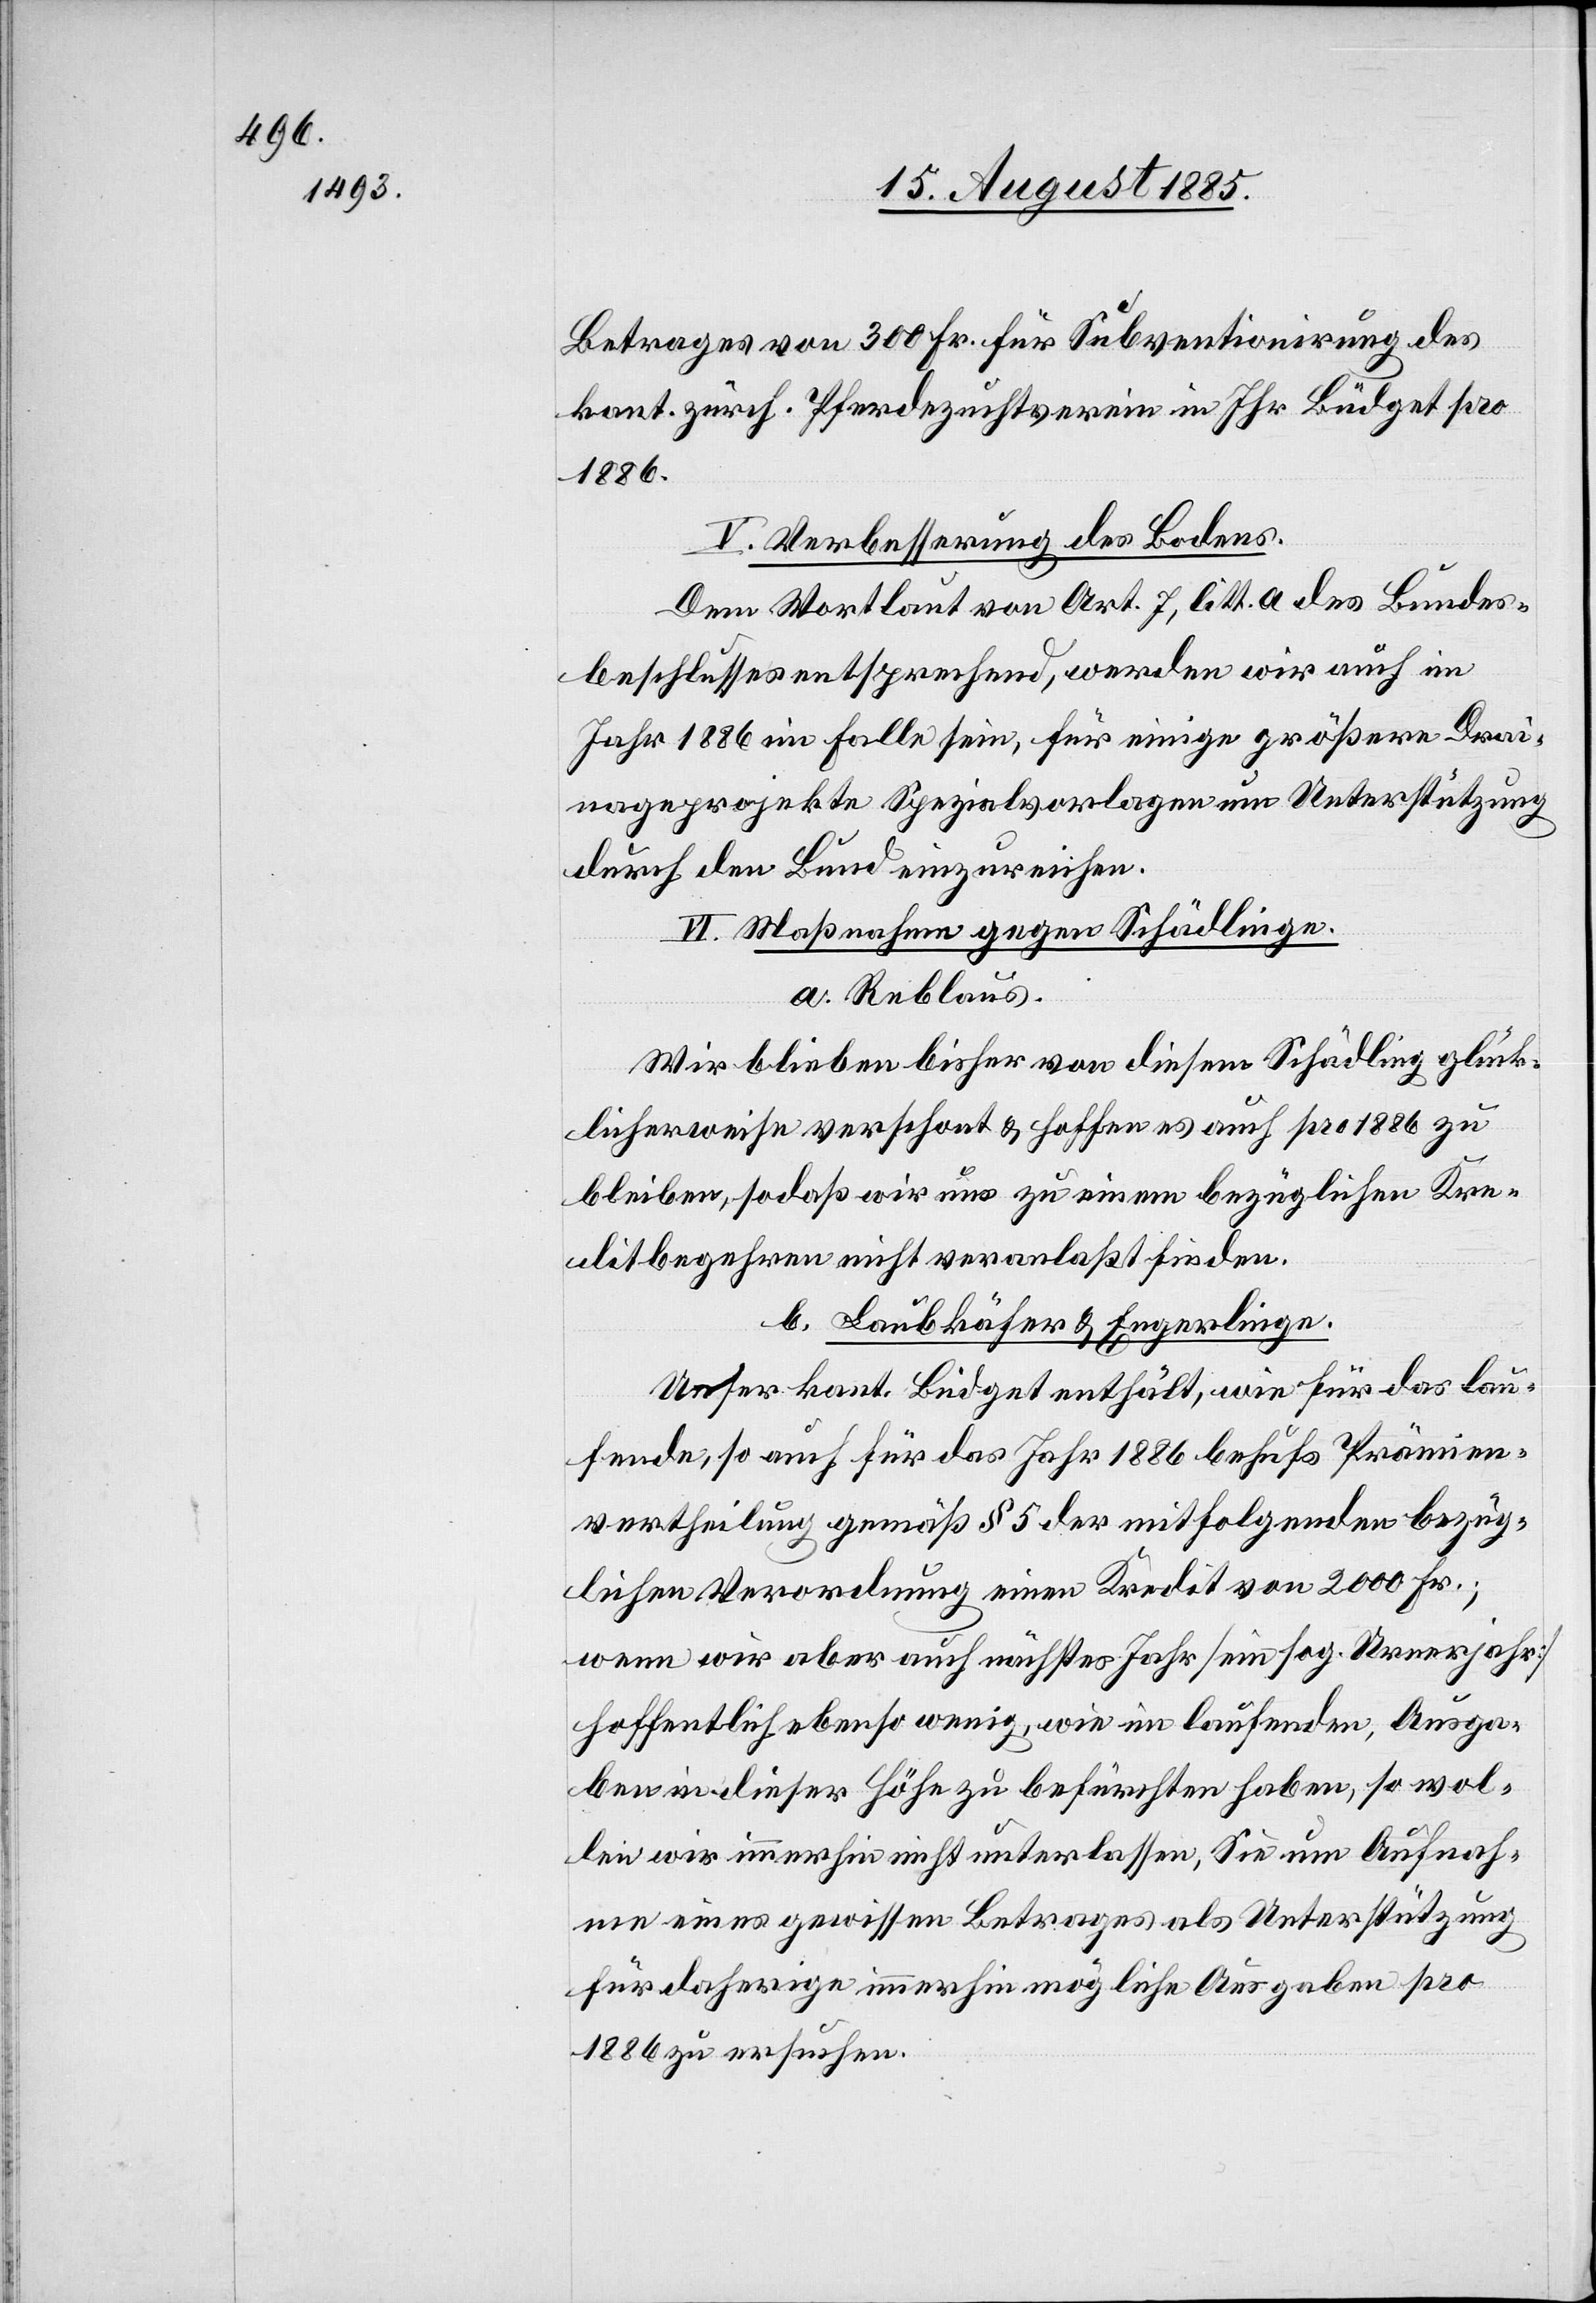
Betrages von 300 Fr. für die Subventionirung des
kant. zürch. Pferdezuchtverein in Ihr Büdget pro
1886.
V. Verbesserung des Bodens.
Dem Wortlaut von Art. 7, litt. a des Bundes¬
beschlusses entsprechend, werden wir auch im
Jahr 1886 im Falle sein, für einige größere Drai¬
nageprojekte Spezialvorlagen um Unterstützung
durch den Bund einzureichen.
VI. Maßnahmen gegen Schädlinge.
a. Reblaus.
Wir blieben bisher von diesem Schädling glück¬
icherweise verschont & hoffen es auch pro 1886 zu
bleiben, so daß wir uns zu einem bezüglichen Kre¬
ditbegehren nicht veranlaßt finden.
b. Laubkäfer & Engerlinge.
Unser kant. Büdget enthält, wie für das lau¬
fende, so auch für das Jahr 1886 behufs Prämien¬
vertheilung gemäß § 5 der mitfolgenden bezüg¬
lichen Verordnung einen Kredit von 2000 Fr.;
wenn wir aber auch nächstes Jahr [ein sog. Urnerjahr]
hoffentlich ebenso wenig, wie im laufenden, Ausga¬
ben in dieser Höhe zu befürchten haben, so wol¬
len wir immerhin nicht unterlassen, Sie um Aufnah¬
me eines gewissen Betrages als Unterstützung
für daherige immerhin mögliche Ausgaben pro
1886 zu ersuchen.